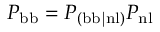
P _ { \mathrm { b b } } = P _ { \mathrm { ( b b | n l ) } } P _ { \mathrm { n l } }